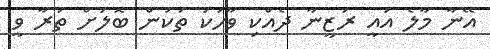
އޭނާ މާލެ އައީ ރަޒީނާ ދެއްކި ވާހަކަ ތަކުން ބޮލަށް ތުރާ ވީ